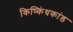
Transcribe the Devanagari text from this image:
किष्किंधकांड